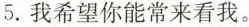
5.我希望你能常来看我。